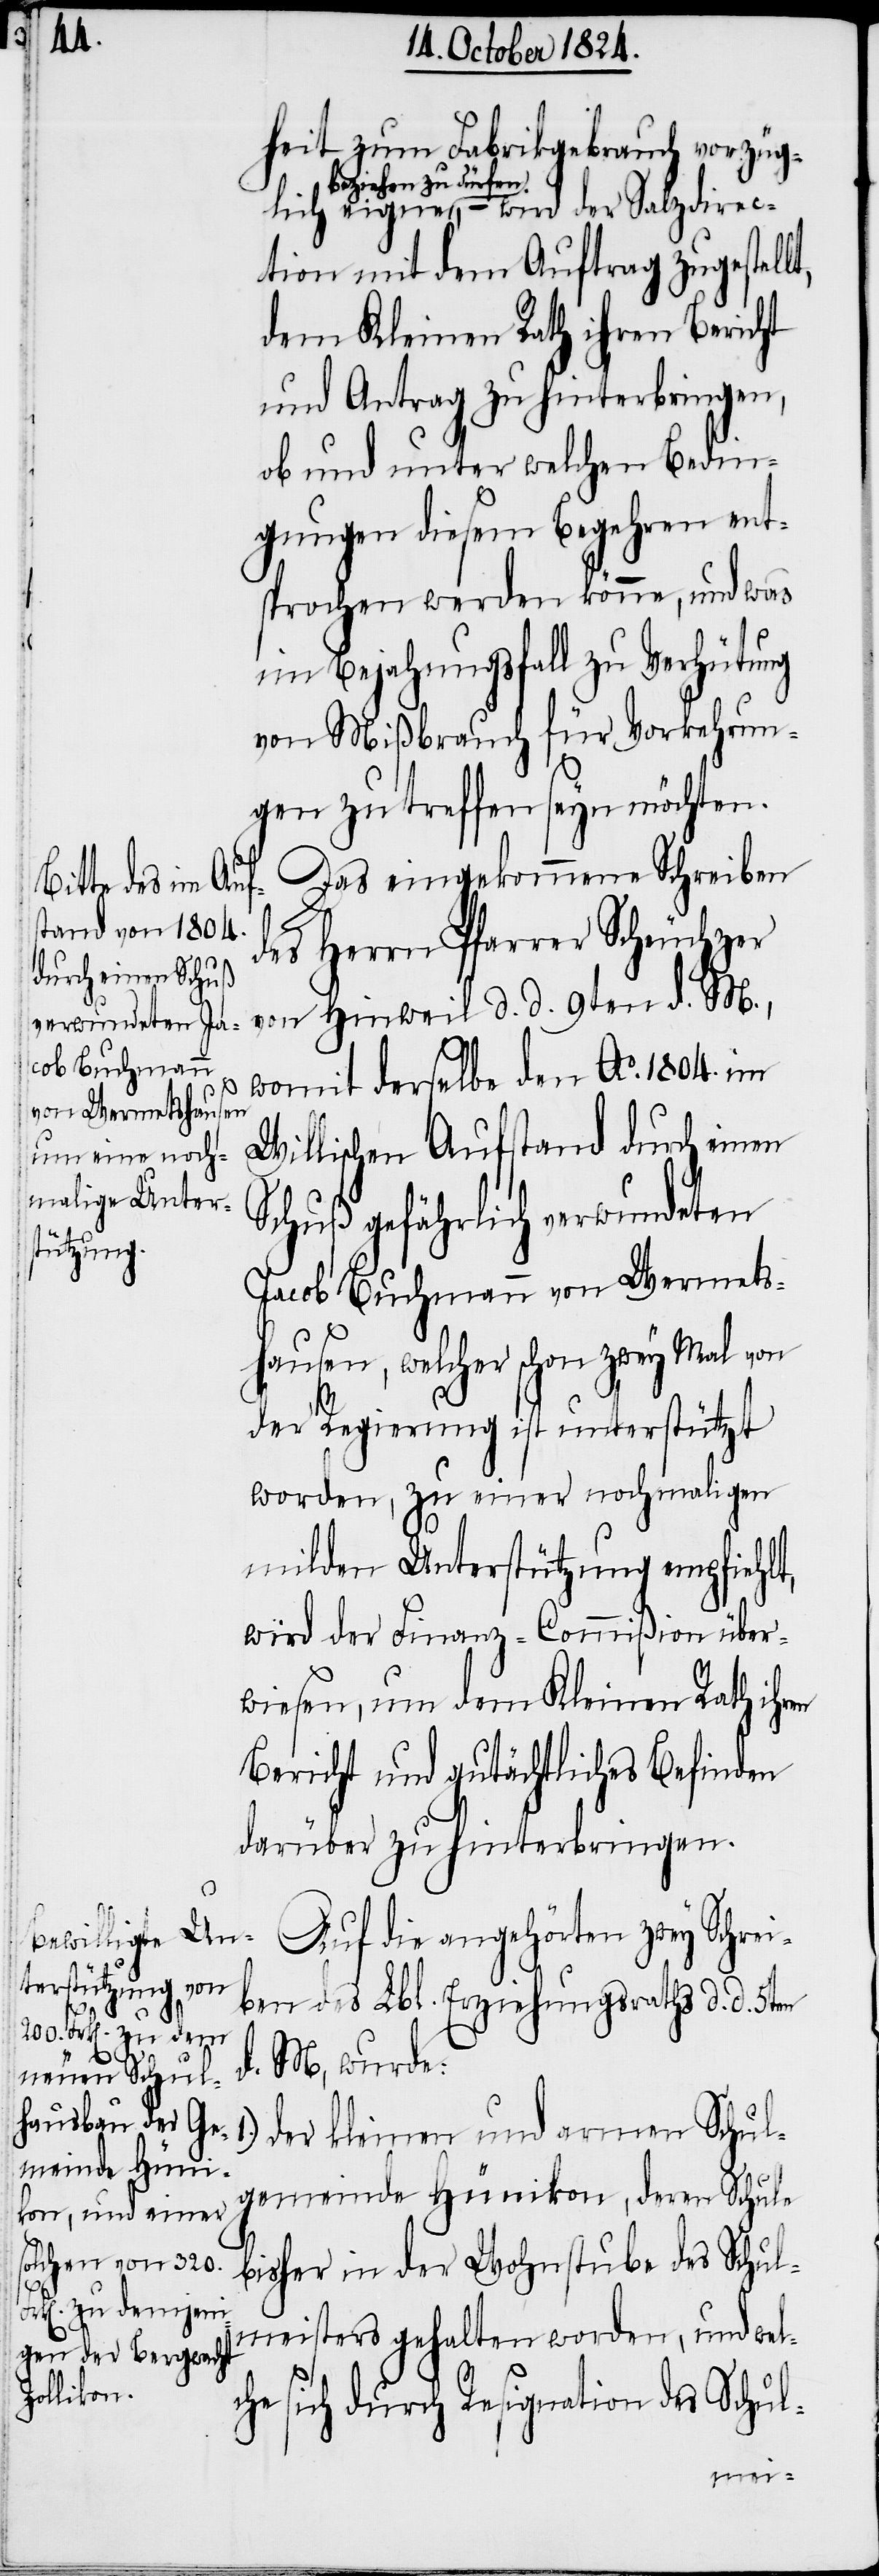
heit zum Fabrikgebrauch vorzüg¬
a-beziehen zu dürfen-a,
ction mit dem Auftrag zugestellt,
dem Kleinen Rathe ihren Bericht
und Antrag zu hinterbringen,
ob und unter welchen Bedin¬
gungen diesem Begehren ent¬
sprochen werden könne, und was
im Bejahungsfall zu Verhütung
von Mißbrauch für Vorkehrun¬
gen zu treffen seyn möchten.
Das eingekommene Schreiben
armen Schul¬
des Herrn Pfarrer Scheuchzer
von Hinweil d. d. 9ten d. M.,
womit derselbe den Ao. 1804. im
1.)
Willischen Aufstand durch einen
Schuß gefährlich verwundeten
Jacob Buchmann von Wermets¬
hausen, welcher schon zwey Mal von
der Regierung ist unterstützt
worden, zu einer nochmaligen
milden Unterstützung empfiehlt,
wird der Finanz-Commißion über¬
wiesen, um dem Kleinen Rath ihren
Bericht und gutächtliches Befinden
darüber zu hinterbringen.
Auf die angehörten zwey Schrei¬
ben des Lbl. Erziehungsraths d. d. 5ten
d. M, wurde:
gemeinde Hünikon, deren Schule
bisher in der Wohnstube des Schul¬
meisters gehalten worden, und wel¬
che sich durch Resignation des Schul-
ire¬